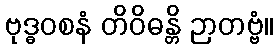
ဗုဒ္ဓဝစနံ တိဝိဓန္တိ ဉာတဗ္ဗံ။